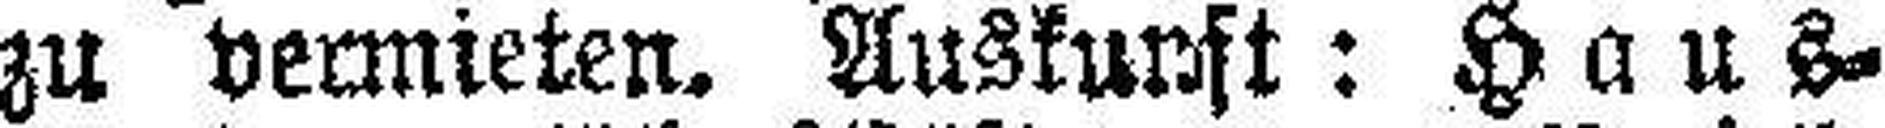
zu vermieten. Auskunft: Haus¬